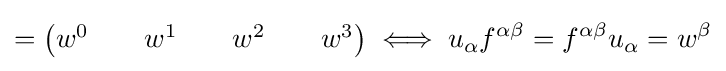
={\begin{pmatrix}w^{0}&&w^{1}&&w^{2}&&w^{3}\end{pmatrix}}\iff u_{\alpha }f^{\alpha \beta }=f^{\alpha \beta }u_{\alpha }=w^{\beta }